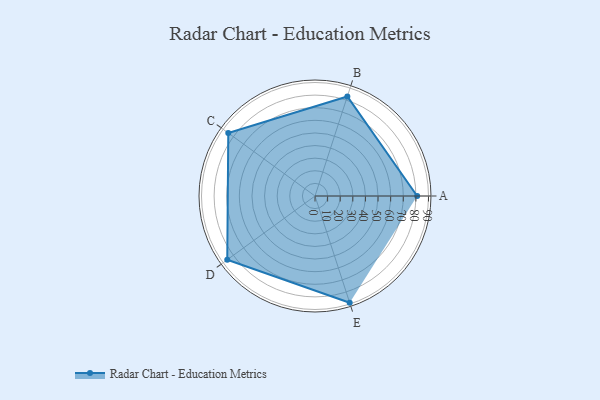
{"axis": {"x": "Skill", "y": "Score"}, "legend": ["Profile"], "data": [{"x": "A", "y": 81.0, "type": "Profile"}, {"x": "B", "y": 83.0, "type": "Profile"}, {"x": "C", "y": 85.0, "type": "Profile"}, {"x": "D", "y": 86.0, "type": "Profile"}, {"x": "E", "y": 89.0, "type": "Profile"}]}